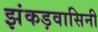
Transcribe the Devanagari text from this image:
झंकड़वासिनी